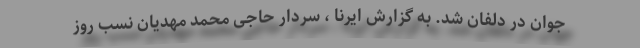
جوان در دلفان شد. به گزارش ایرنا ، سردار حاجی محمد مهدیان نسب روز